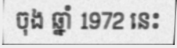
ចុង ឆ្នាំ 1972 នេះ